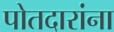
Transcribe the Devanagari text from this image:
पोतदारांना